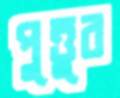
পুত্তুর